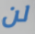
لن